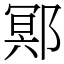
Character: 鄍